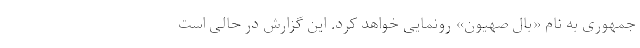
جمهوری به نام «بال صهیون» رونمایی خواهد کرد. این گزارش در حالی است